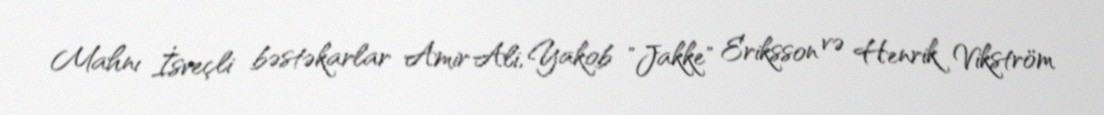
Mahnı İsveçli bəstəkarlar Amir Ali, Yakob "Jakke" Eriksson və Henrik Vikström